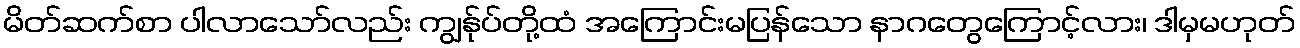
မိတ်ဆက်စာ ပါလာသော်လည်း ကျွန်ုပ်တို့ထံ အကြောင်းမပြန်သော နာဂတွေကြောင့်လား၊ ဒါမှမဟုတ်